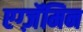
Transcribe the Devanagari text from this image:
एग्ज़ॅमिन